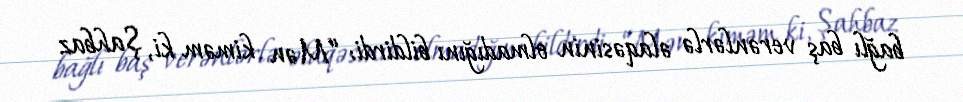
bağlı baş verənlərlə əlaqəsinin olmadığını bildirdi: “Mən kiməm ki, Şahbaz